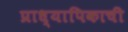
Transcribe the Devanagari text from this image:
प्राध्यापिकाची